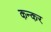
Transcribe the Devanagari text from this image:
कन्कर